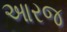
આરજ